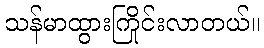
သန်မာထွားကြိုင်းလာတယ်။